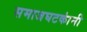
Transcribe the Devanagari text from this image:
समाजघटकांनी